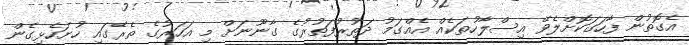
އެގޮތުން ފާހަގަކޮށްލެވޭ އިސްލާހުތަކެއް އެއްގަމު ދަތުރުފަތުރުގެ ގާނޫނަށް މި އަހަރުގެ ތެރޭގައި ހުށަހެޅިގެން